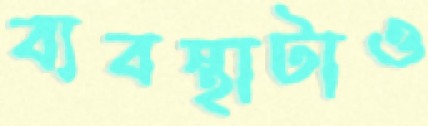
ব্যবস্থাটাও